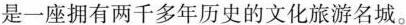
是一座拥有两千多年历史的文化旅游名城。